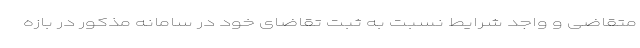
متقاضی و واجد شرایط نسبت به ثبت تقاضای خود در سامانه مذکور در بازه